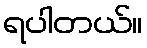
ရပါတယ်။